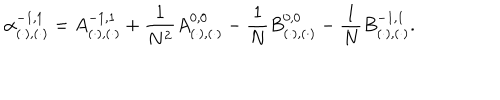
LaTeX: \alpha _ { ( \cdot ) , ( \cdot ) } ^ { - 1 , 1 } = A _ { ( \cdot ) , ( \cdot ) } ^ { - 1 , 1 } + \frac { 1 } { N ^ { 2 } } A _ { ( \cdot ) , ( \cdot ) } ^ { 0 , 0 } - \frac { 1 } { N } B _ { ( \cdot ) , ( \cdot ) } ^ { 0 , 0 } - \frac { 1 } { N } B _ { ( \cdot ) , ( \cdot ) } ^ { - 1 , 1 } .